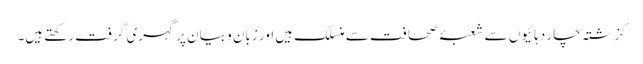
گزشتہ چار دہائیوں سے شعبۂ صحافت سے منسلک ہیں اور زبان و بیان پر گہری گرفت رکھتے ہیں۔